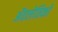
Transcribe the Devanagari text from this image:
ॲतलेतिको